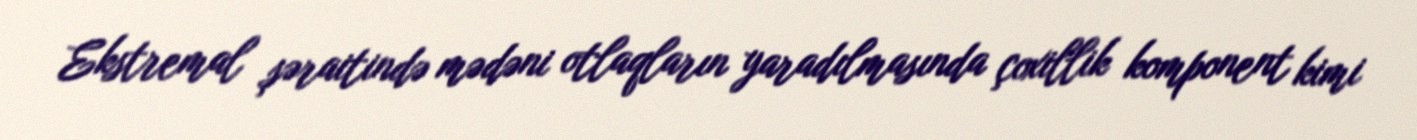
Ekstremal şəraitində mədəni otlaqların yaradılmasında çoxillik komponent kimi